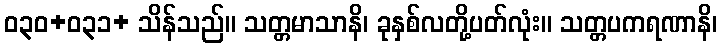
ဝ၃၀+ဝ၃၁+ သိန်သည်။ သတ္တမာသာနိ၊ ခုနှစ်လတို့ပတ်လုံး။ သတ္တပကရဏာနိ၊